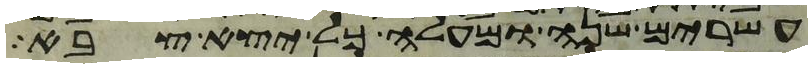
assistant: עשרים שנה ומעלה כל יצא צבא